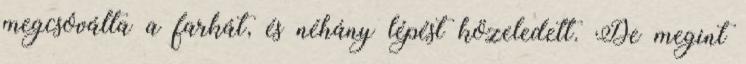
megcsóválta a farkát, és néhány lépést közeledett. De megint